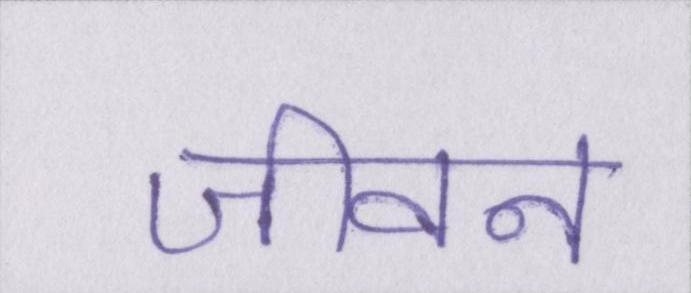
जीवन